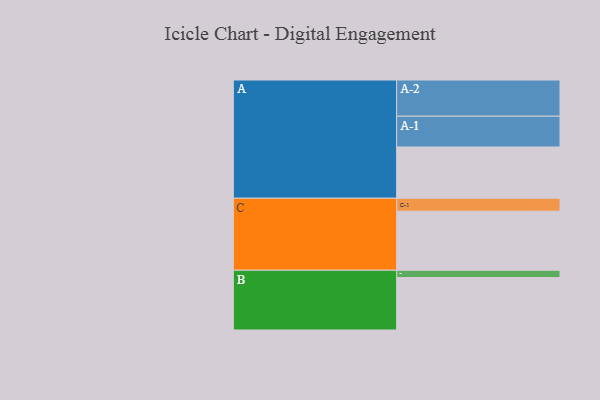
{"axis": {"x": "Segment", "y": "Value"}, "legend": ["", "A", "B", "C"], "data": [{"x": "A", "y": 377, "type": ""}, {"x": "B", "y": 385, "type": ""}, {"x": "C", "y": 434, "type": ""}, {"x": "A-1", "y": 226, "type": "A"}, {"x": "A-2", "y": 266, "type": "A"}, {"x": "B-1", "y": 54, "type": "B"}, {"x": "C-1", "y": 95, "type": "C"}]}